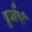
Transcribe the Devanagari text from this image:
दुर्जयं